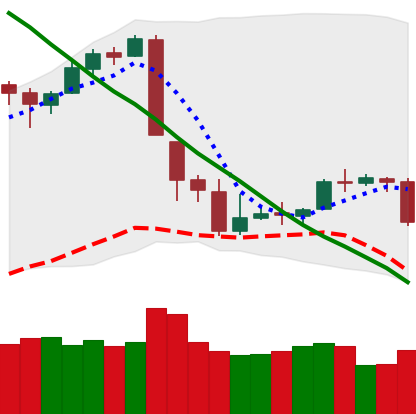
Ticker: BTC-USD
Chart end date: 2018-09-17
Forward return: 7.017%
Label: up_7plus